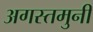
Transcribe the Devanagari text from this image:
अगस्‍तमुनी